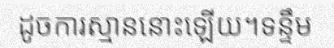
ដូចការស្មាននោះឡើយ។ទន្ទឹម